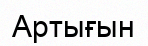
Артығын